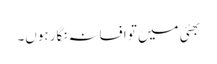
بھئی میں تو افسانہ نگار ہوں۔